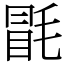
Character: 毷